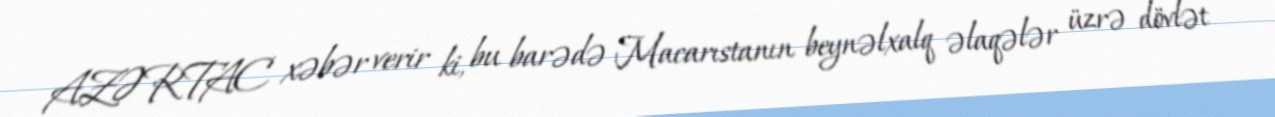
AZƏRTAC xəbər verir ki, bu barədə Macarıstanın beynəlxalq əlaqələr üzrə dövlət